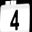
Digit: 4